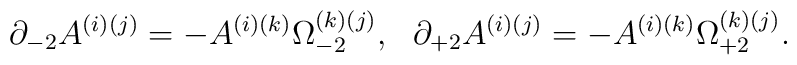
\partial_{-2}A^{(i)(j)}=-A^{(i)(k)}\Omega^{(k)(j)}_{-2},\ \ \partial_{+2}A^{(i)(j)}=-A^{(i)(k)}\Omega^{(k)(j)}_{+2}.